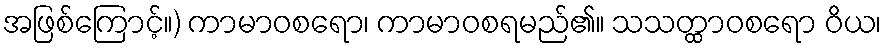
အဖြစ်ကြောင့်။) ကာမာဝစရော၊ ကာမာဝစရမည်၏။ သသတ္ထာဝစရော ဝိယ၊